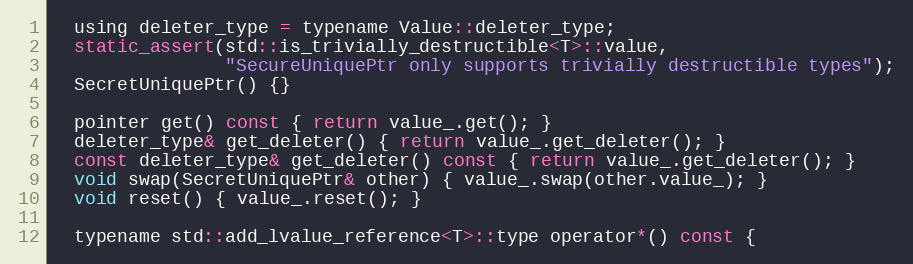
Language: C
  using deleter_type = typename Value::deleter_type;
  static_assert(std::is_trivially_destructible<T>::value,
                "SecureUniquePtr only supports trivially destructible types");
  SecretUniquePtr() {}

  pointer get() const { return value_.get(); }
  deleter_type& get_deleter() { return value_.get_deleter(); }
  const deleter_type& get_deleter() const { return value_.get_deleter(); }
  void swap(SecretUniquePtr& other) { value_.swap(other.value_); }
  void reset() { value_.reset(); }

  typename std::add_lvalue_reference<T>::type operator*() const {